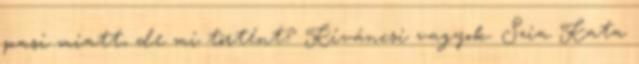
pasi miatt, de mi történt? Kíváncsi vagyok. Szia Kata